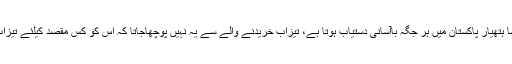
تیزاب جیسا ہتھیار پاکستان میں ہر جگہ باآسانی دستیاب ہوتا ہے، تیزاب خریدنے والے سے یہ نہیں پوچھاجاتا کہ اس کو کس مقصد کیلئے تیزاب چاہئیے۔